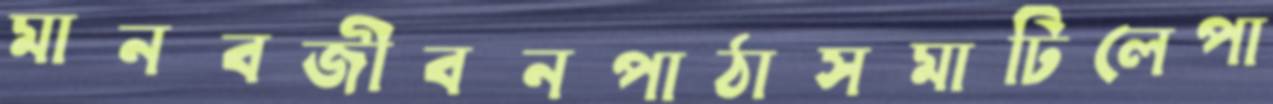
মানবজীবনপাঠাসমাটিলেপা